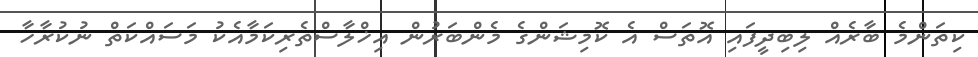
ކިތަންމެ ބާރެއް ލިބިދީފައި އޮތަސް އެ ކޮމިޝަންގެ މެންބަރުން އިޚްލާސްތެރިކަމާއެކު މަސައްކަތް ނުކުރާހާ